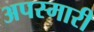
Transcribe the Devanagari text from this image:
अपस्मारी